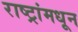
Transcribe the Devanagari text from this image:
राष्ट्रांमधून